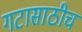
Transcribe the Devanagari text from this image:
गटासाठीच